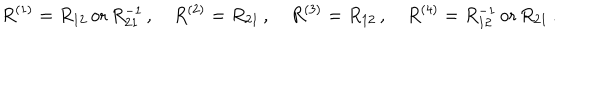
LaTeX: R ^ { ( 1 ) } = R _ { 1 2 } \, \mathrm { o r } \, R _ { 2 1 } ^ { - 1 } \, , \quad R ^ { ( 2 ) } = R _ { 2 1 } \, , \quad R ^ { ( 3 ) } = R _ { 1 2 } \, , \quad R ^ { ( 4 ) } = R _ { 1 2 } ^ { - 1 } \, \mathrm { o r } \, R _ { 2 1 } \, .